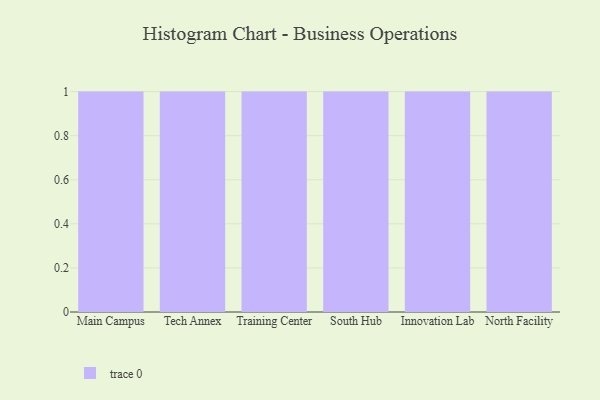
{"axis": {"x": "Campus", "y": "Active Users"}, "legend": [""], "data": [{"x": "Main Campus", "y": 85, "type": ""}, {"x": "Tech Annex", "y": 18, "type": ""}, {"x": "Training Center", "y": 13, "type": ""}, {"x": "South Hub", "y": 45, "type": ""}, {"x": "Innovation Lab", "y": 82, "type": ""}, {"x": "North Facility", "y": 66, "type": ""}]}